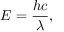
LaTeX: E = { \frac { h c } { \lambda } } ,